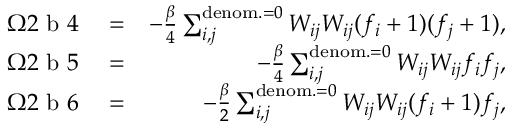
\begin{array} { r l r } { \Omega 2 \mathrm { ~ b ~ } 4 } & { { } = } & { - \frac { \beta } { 4 } \sum _ { i , j } ^ { \mathrm { d e n o m . } = 0 } { W _ { i j } W _ { i j } } ( f _ { i } + 1 ) ( f _ { j } + 1 ) , } \\ { \Omega 2 \mathrm { ~ b ~ } 5 } & { { } = } & { - \frac { \beta } { 4 } \sum _ { i , j } ^ { \mathrm { d e n o m . } = 0 } { W _ { i j } W _ { i j } } f _ { i } f _ { j } , } \\ { \Omega 2 \mathrm { ~ b ~ } 6 } & { { } = } & { - \frac { \beta } { 2 } \sum _ { i , j } ^ { \mathrm { d e n o m . } = 0 } { W _ { i j } W _ { i j } } ( f _ { i } + 1 ) f _ { j } , } \end{array}